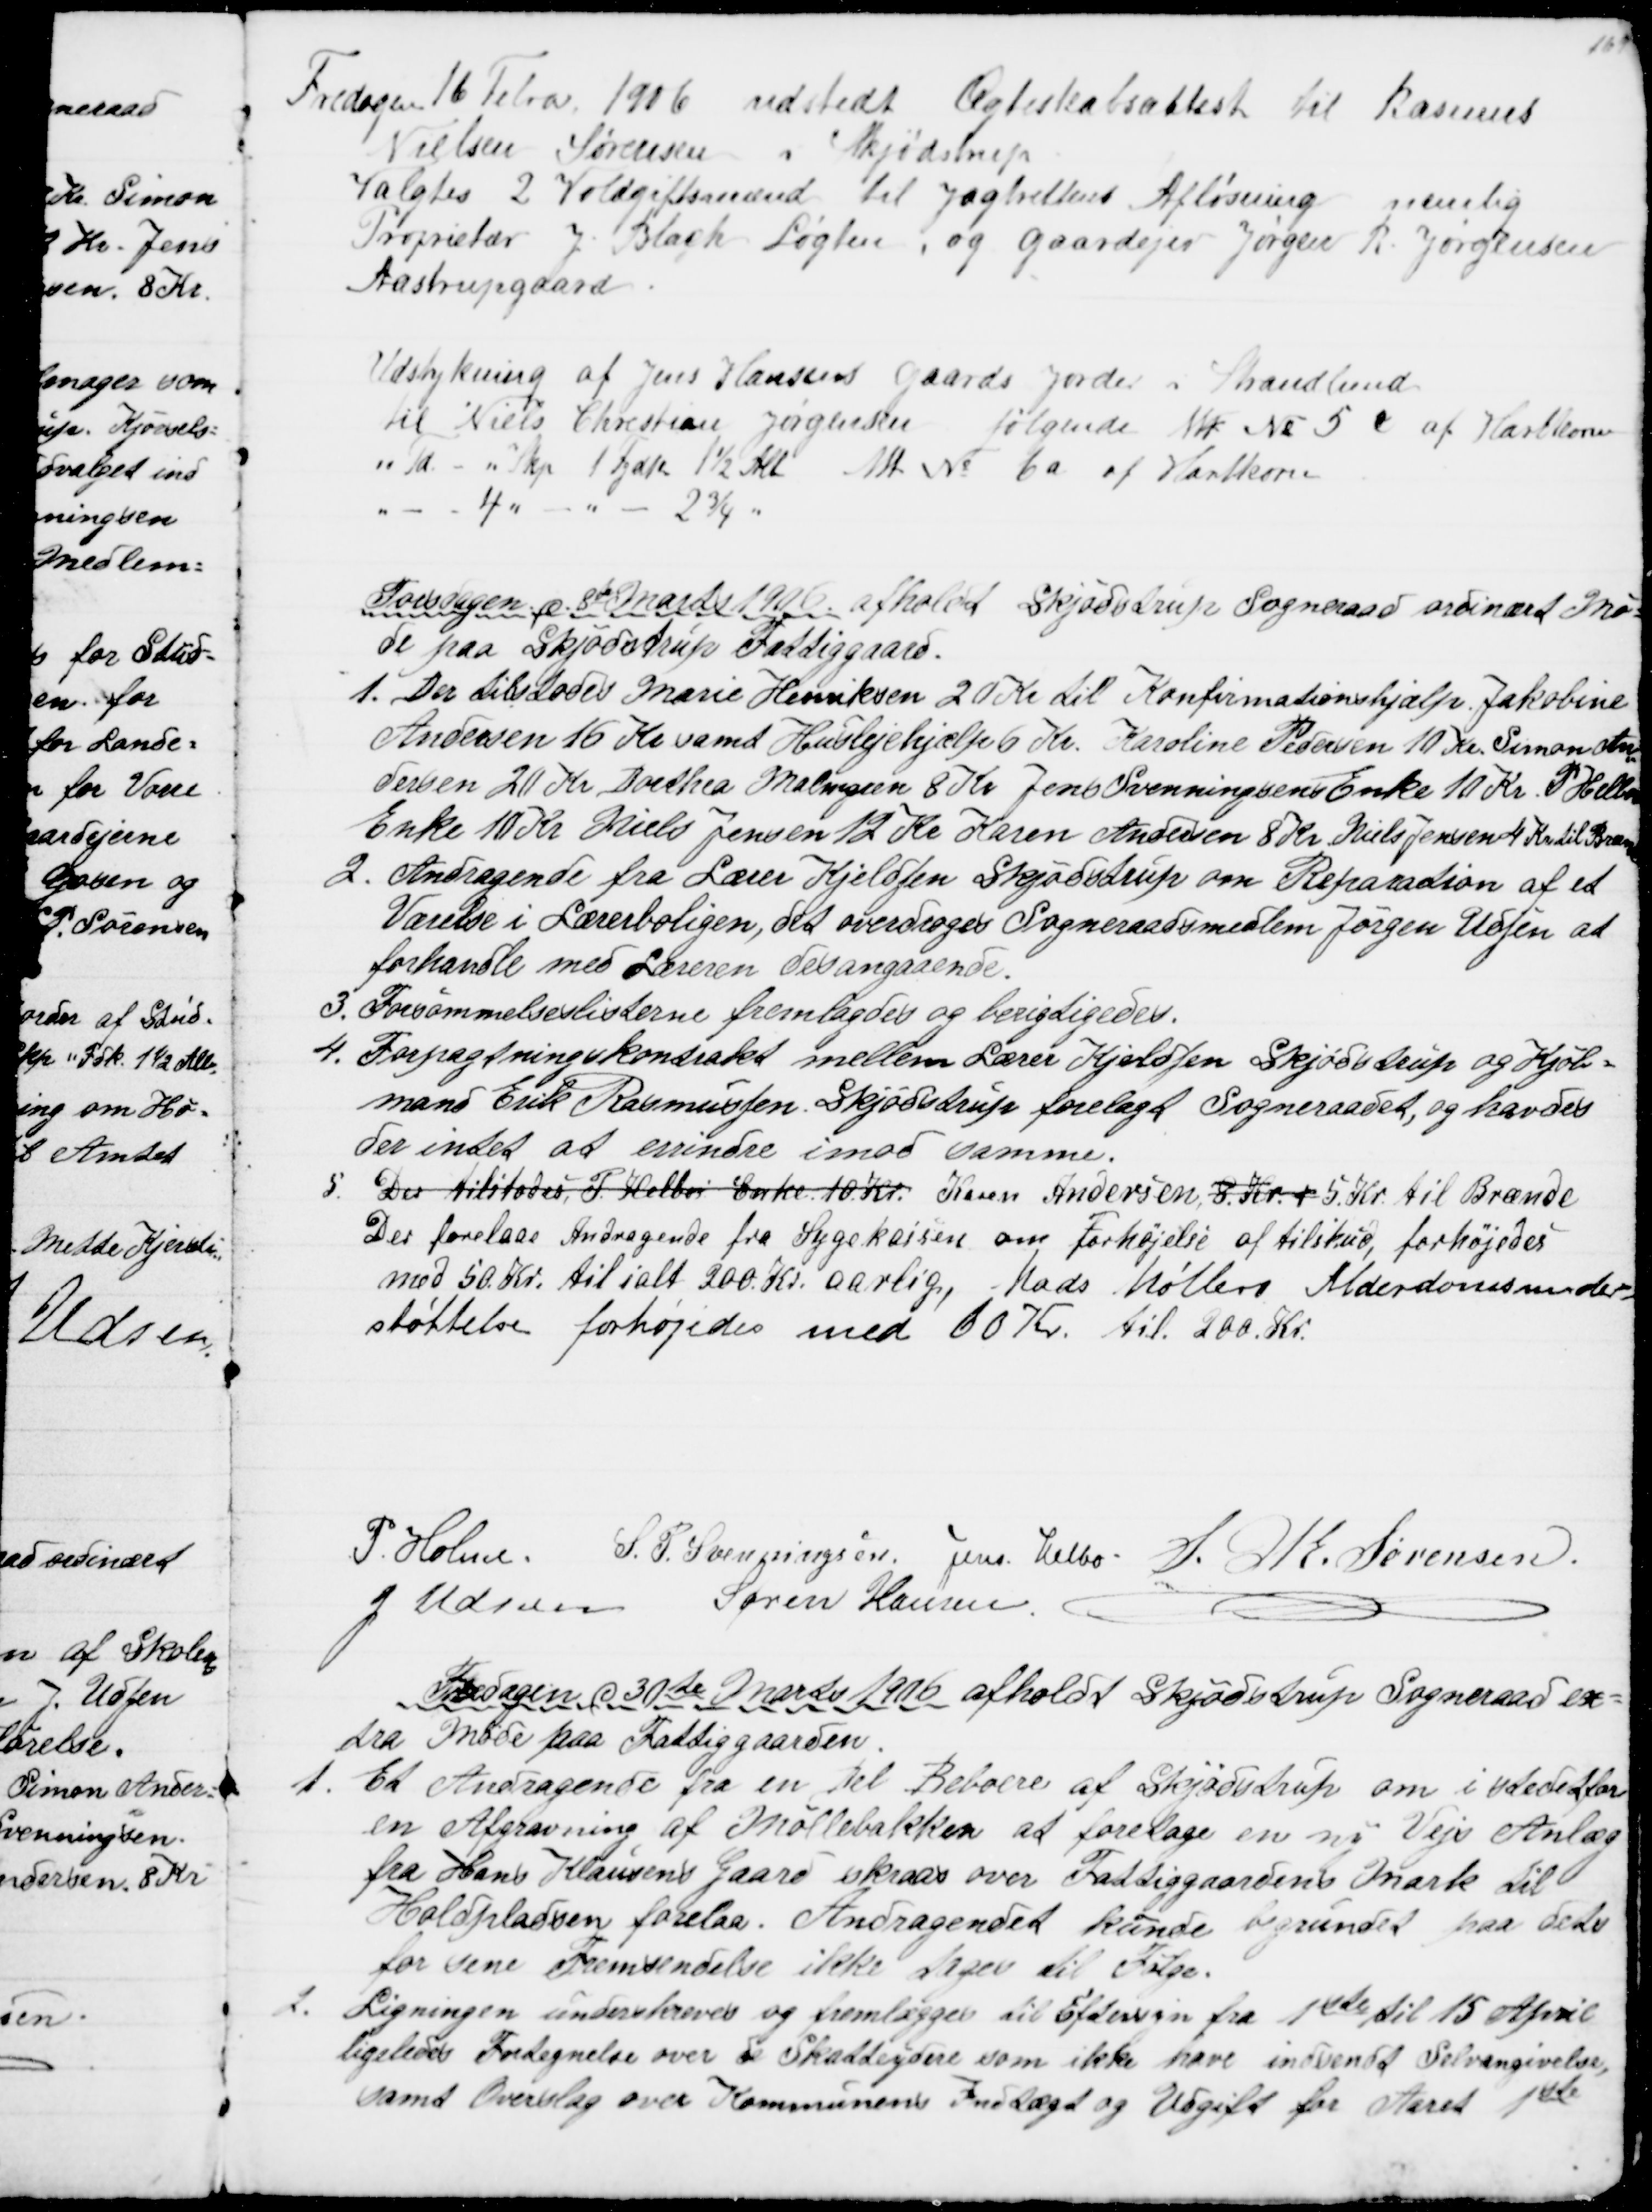
Transskription:
Fredagen 16 Febr. 1906 udstedt Ægteskabsattest til Rasmus
Nielsen Sørensen i Skjødstrup
Valgtes 2 Voldgiftsmænd til Jagtrettens Afløsning nemlig
Proprietær J. Blach Løgten, og Gaardejer Jørgen R. Jørgensen
Aastrupgaard
Udstykning af Jens Hansens Gaards Jorder i Strandlund
til Niels Christian Jørgensen følgende Mtr № 5 c af Hartkorn
" Td. " Skp. 1 Fdk 1½ Alb Mtr № 6a af Hartkorn
4 
 2¾
Torsdagen d. 8de Marts 1906 afholdt Skjødstrup Sogneraad ordinært Mø=
de paa Skjødstrup Fattiggaard.
1. Der tillodes Marie Henriksen 20 Kr til Konfirmationshjælp. Jakobine
Andersen 16 Kr samt Huslejehjælp 6 Kr. Karoline Pedersen 10 Kr. Simon An
=
dersen 20 Kr. Dorthea Malmgren 8 Kr. Jens Svenningsens Enke 10 Kr. P. Helbos
Enke 10 Kr Niels Jensen 12 Kr. Karen Andersen 8 Kr. Niels Jensen 4. Kr til Brænde
2. Andragende fra Lærer Kjeldsen Skjødstrup om Reparation af et
Værelse i Lærerboligen, det overdroges Sogneraadsmedlem Jørgen Udsen at
forhandle med Læreren desangaaende.
3. Forsømmelseslisterne fremlagdes og berigtigedes.
4. Forpagtningskontrakt mellem Lærer Kjeldsen Skjødstrup og Kjøb=
mand Erik Rasmussen, Skjødstrup forelagt Sogneraadet, og havdes
der intet at erindre imod samme.
5.
Der tilstodes P. Helbos Enke 10 Kr. Karen Andersen, 8 Kr. + 5 Kr. til Brænde
Der forelaa Andragende fra Sygekassen om Forhøjelse af tilskud, forhøjedes
med 50 Kr. til ialt 200 Kr. aarlig, Mads Møllers Alderdomsunder=
støttelse forhøjedes med 60 Kr. til 200 Kr.
P. Holme
S. P. Svenningsen Jens Helbo S. M. Sørensen
J Udsen
Søren Hansen
Fredagen d. 30te Marts 1916 afholdt Skjødstrup Sogneraad ex=
tra Møde paa Fattiggaarden.
1. Et Andragende fra en Del Beboere af Skjødstrup om i stedetfor
en Afgravning af Møllebakken at foretage en ny Vejs Anlæg
fra Hans Klausens Gaard skraas over Fattiggaardens Mark til
Holdpladsen forelaa. Andragendet kunde begrundet paa dets
for sene Fremsendelse ikke tages til Følge.
2. Ligningen underskreves og fremlægges til Eftersyn fra 1ste til 15 April
ligeledes Fortegnelse over de Skatteydere som ikke have indsendt Selvangivelse,
samt Overslag over Kommunens Indtægt og Udgift for Aaret 1ste